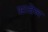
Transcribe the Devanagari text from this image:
भावेन